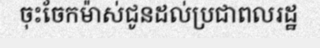
ចុះចែកម៉ាស់ជូនដល់ប្រជាពលរដ្ឋ